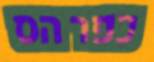
כפר הס